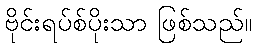
ဗိုင်းရပ်စ်ပိုးသာ ဖြစ်သည်။